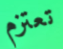
تعتزم